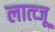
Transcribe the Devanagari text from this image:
लात्व्जू